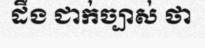
ដឹង ជាក់ច្បាស់ ថា